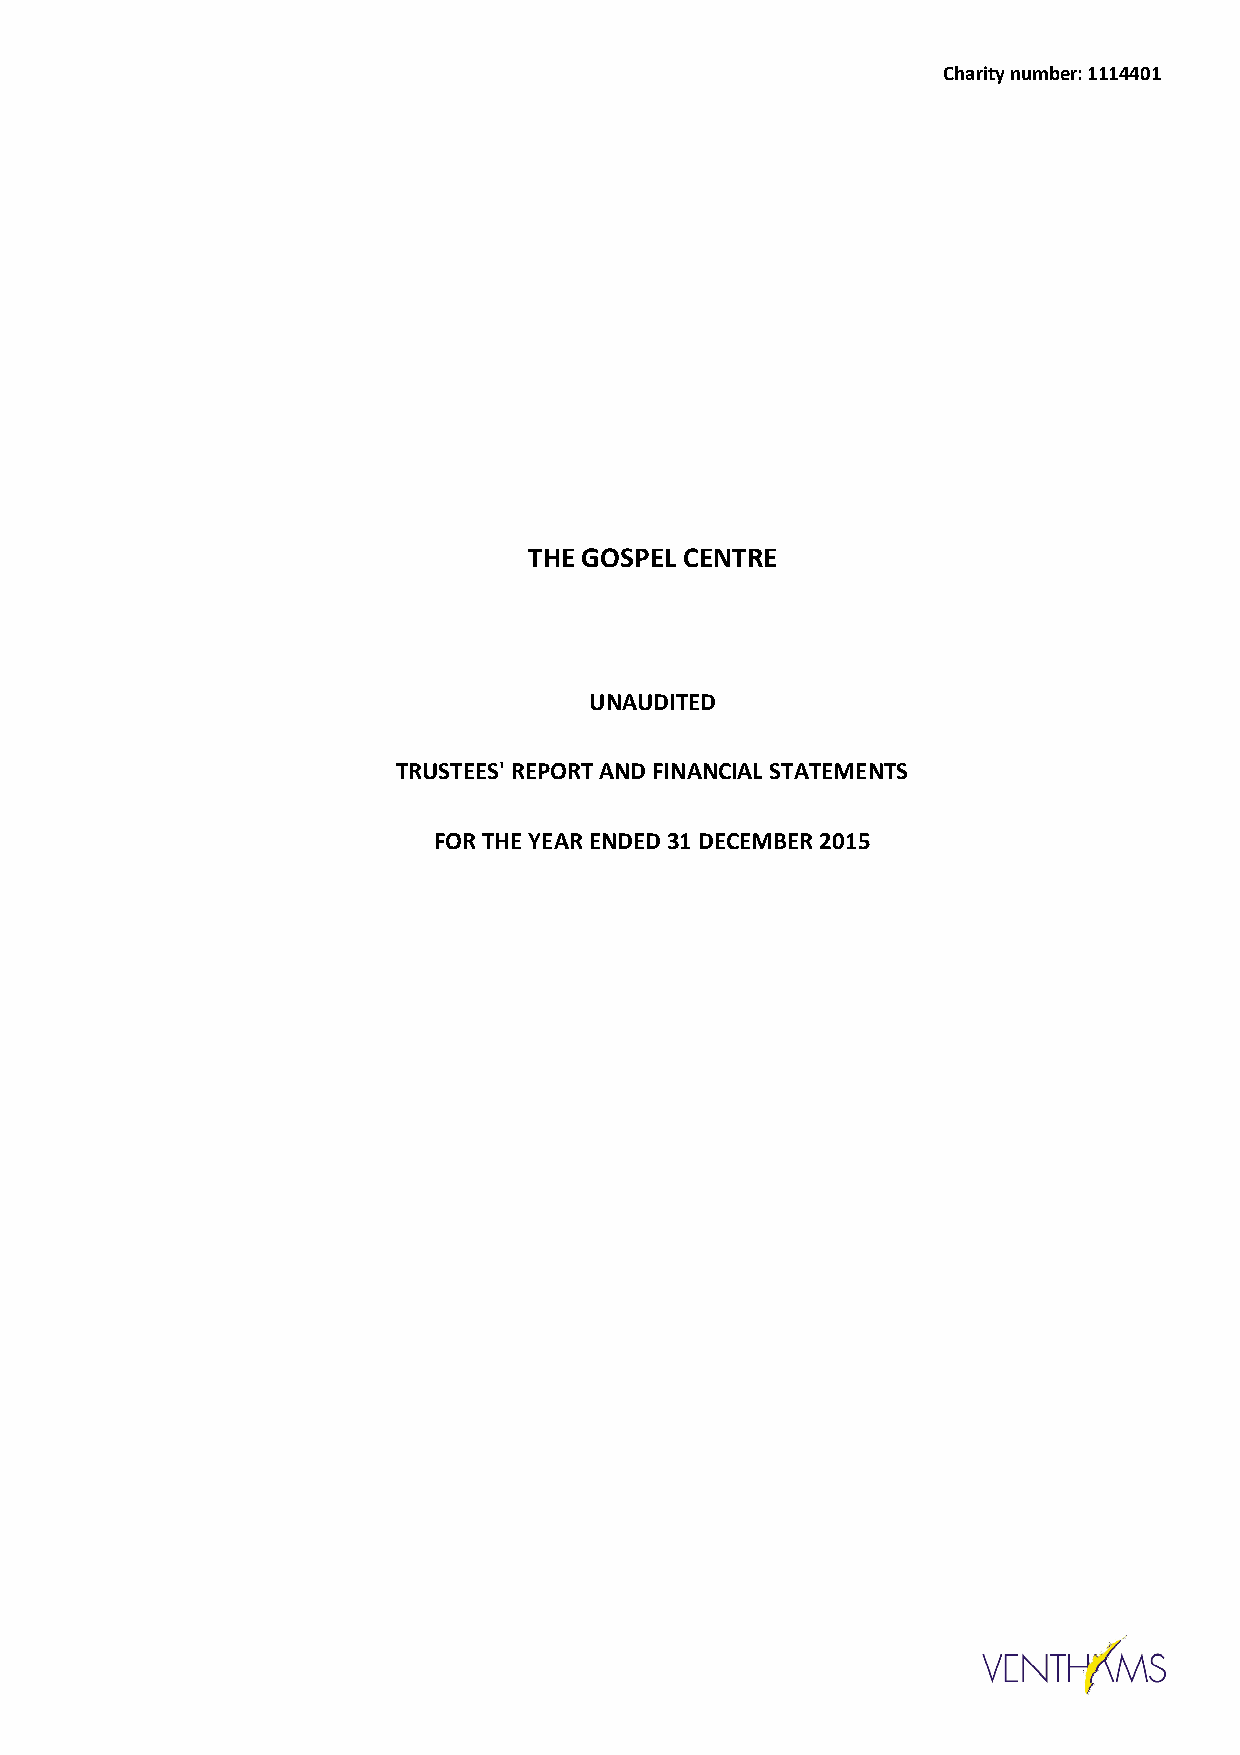
Charity number: 1114401
 THE GOSPEL CENTRE
 UNAUDITED
 TRUSTEES' REPORT AND FINANCIAL STATEMENTS
 FOR THE YEAR ENDED 31 DECEMBER 2015